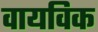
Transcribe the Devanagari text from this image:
वायविक